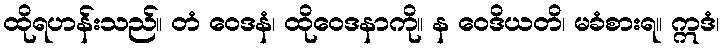
ထိုရဟန်းသည်။ တံ ဝေဒနံ၊ ထိုဝေဒနာကို။ န ဝေဒိယတိ၊ မခံစားရ။ ဣဒံ၊